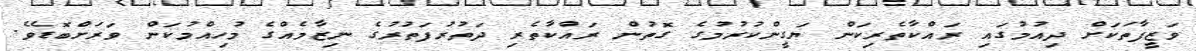
ވަޒީފާތަކަށް ދިއުމުގައި ރައްކާތެރިކަން ޔަގީންކުރުމުގެ ގޮތުން ރައްކާތެރި ދަތުރުފަތުރުގެ ނިޒާމެއްގެ މުހިއްމުކަން ވަރަށްބޮޑެވެ.